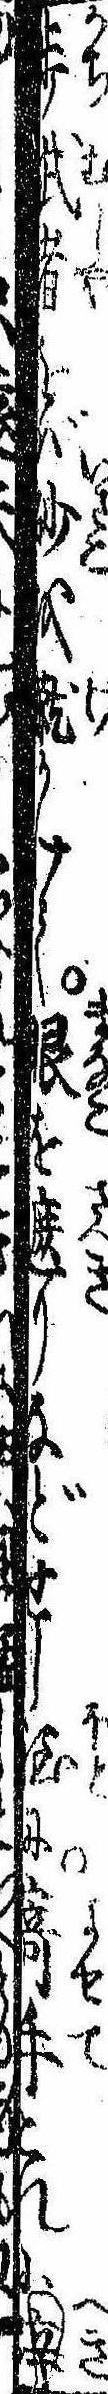
歩武者をば砂を蹴かけて眼を遮りなどせし程に寄手これに辟